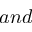
a n d